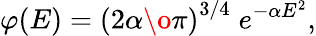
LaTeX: \varphi(E)=\left({{2\alpha}\o{\pi}}\right)^{3/4}\; e^{-\alpha E^{2}},